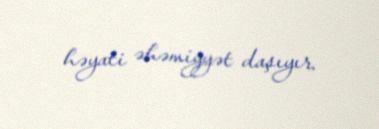
həyati əhəmiyyət daşıyır.